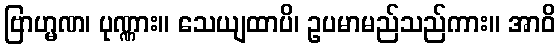
ဗြာဟ္မဏ၊ ပုဏ္ဏား။ သေယျထာပိ၊ ဥပမာမည်သည်ကား။ အာဝိ